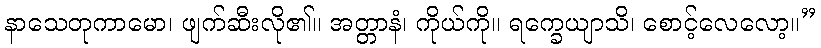
နာသေတုကာမော၊ ဖျက်ဆီးလို၏။ အတ္တာနံ၊ ကိုယ်ကို။ ရက္ခေယျာသိ၊ စောင့်လေလော့။”